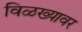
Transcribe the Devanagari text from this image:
विळख्यावर